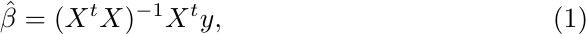
\begin{equation} \label{eq:r5}
\hat{\beta} =  (X^t X)^{-1}X^t y,
\end{equation}